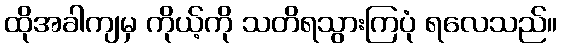
ထိုအခါကျမှ ကိုယ့်ကို သတိရသွားကြပုံ ရလေသည်။